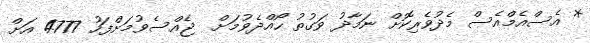
* އެސްއެމްއެސް މެދުވެރިކޮށް ނަމާދު ވަގުތު ހޯއްދެވުމަށް  ޖެއްސެވުމަށްފަހު 4777 އަށް